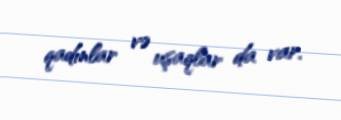
qadınlar və uşaqlar da var.